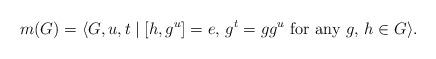
LaTeX: \begin{align*} m(G) = \langle G, u, t \mid [h,g^u] = e,\, g^t = gg^u\text{ for any }g,\,h\in G\rangle. \end{align*}